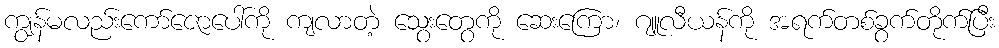
ကျွန်မလည်းကော်ဇောပေါ်ကို ကျလာတဲ့ သွေးတွေကို ဆေးကြော၊ ဂျူလီယန်ကို အရက်တစ်ခွက်တိုက်ပြီး